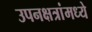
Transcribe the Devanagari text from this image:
उपनक्षत्रांमध्ये